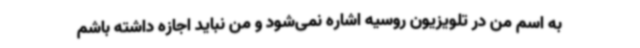
به اسم من در تلویزیون روسیه اشاره نمی‌شود و من نباید اجازه داشته باشم